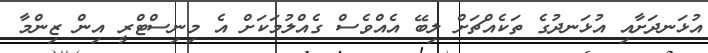
އުޅަނދަށާއި އުޅަނދުގެ ތަކެއްޗަށް ލިބޭ އެއްވެސް ގެއްލުމަކަށް އެ މިނިސްޓްރީ އިން ޒިންމާ